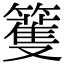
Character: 籆